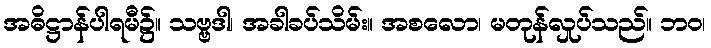
အဓိဋ္ဌာန်ပါရမီ၌။ သဗ္ဗဒါ၊ အခါခပ်သိမ်း။ အစလော၊ မတုန်လှုပ်သည်။ ဘဝ၊